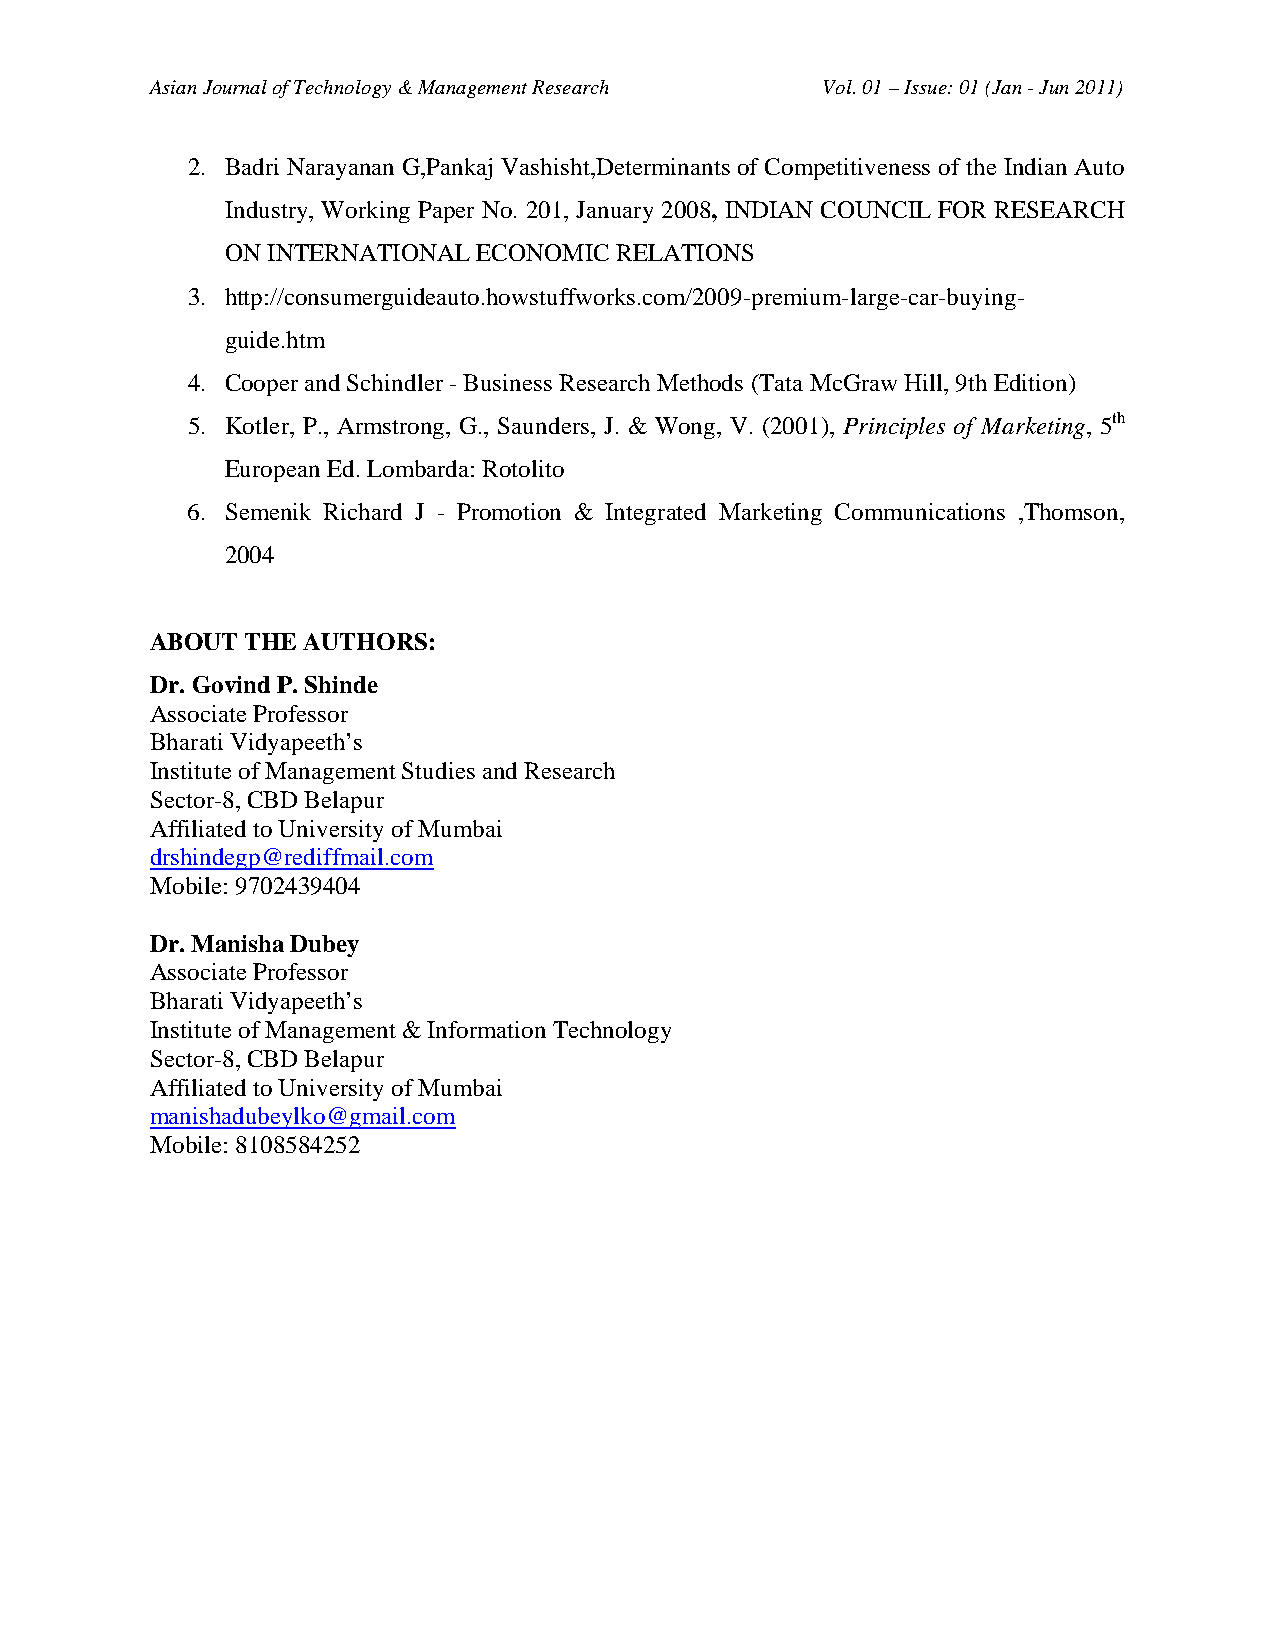
Asian Journal of Technology & Management Research Vol. 01 – Issue: 01 (Jan - Jun 2011)
 2. Badri Narayanan G,Pankaj Vashisht,Determinants of Competitiveness of the Indian Auto
 Industry, Working Paper No. 201, January 2008, INDIAN COUNCIL FOR RESEARCH
 ON INTERNATIONAL ECONOMIC RELATIONS
 3. http://consumerguideauto.howstuffworks.com/2009-premium-large-car-buying-
 guide.htm
 4. Cooper and Schindler - Business Research Methods (Tata McGraw Hill, 9th Edition)
 5. Kotler, P., Armstrong, G., Saunders, J. & Wong, V. (2001), Principles of Marketing, 5th
 European Ed. Lombarda: Rotolito
 6. Semenik Richard J - Promotion & Integrated Marketing Communications ,Thomson,
 2004
 ABOUT THE AUTHORS:
 Dr. Govind P. Shinde
 Associate Professor
 Bharati Vidyapeeth’s
 Institute of Management Studies and Research
 Sector-8, CBD Belapur
 Affiliated to University of Mumbai
 drshindegp@rediffmail.com
 Mobile: 9702439404
 Dr. Manisha Dubey
 Associate Professor
 Bharati Vidyapeeth’s
 Institute of Management & Information Technology
 Sector-8, CBD Belapur
 Affiliated to University of Mumbai
 manishadubeylko@gmail.com
 Mobile: 8108584252